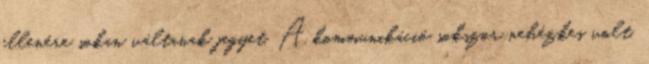
ellenére sokan váltanak jegyet. A kommunikáció sokszor nehézkes volt,